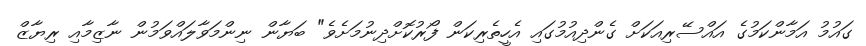
ގައުމު އަމާންކަމުގެ އައްސޭރިއަކަށް ގެންދިއުމުގައި އެހީތެރިކަން ފޯރުކޮށްދިނުމަށެވެ" ބަޔާން ނިންމަވާލައްވަމުން ނާޒިމާއި ރިޔާޒް